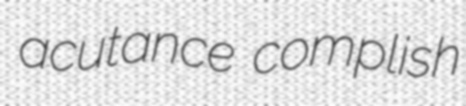
acutance complish